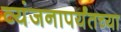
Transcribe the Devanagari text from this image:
व्यंजनापर्यंतच्या